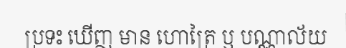
ប្រទះ ឃើញ មាន ហោត្រៃ ឬ បណ្ណាល័យ